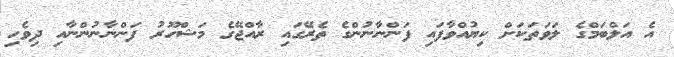
އެ އަލްބަމްގެ ލަވަތަކަށް ކިޔުއްވާފައި ފަންނާނުންގެ ތެރޭގައި ރާއްޖޭގެ މަޝްހޫރު ފަންނާނުންނާއި ދިވެހި